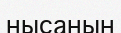
нысанын